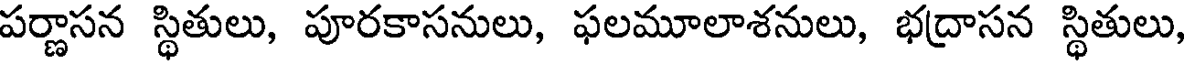
పర్ణాసన స్థితులు, పూరకాసనులు, ఫలమూలాశనులు, భద్రాసన స్థితులు,